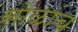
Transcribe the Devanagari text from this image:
सोळाच